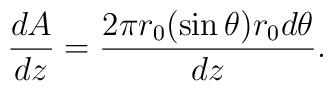
\frac{dA}{dz}=\frac{2\pi r_0 (\sin\theta) r_0 d\theta}{dz}.